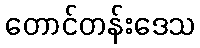
တောင်တန်းဒေသ